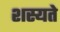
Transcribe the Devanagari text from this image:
शस्यते